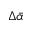
\Delta \bar { \alpha }